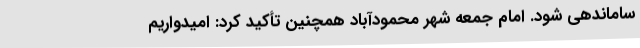
ساماندهی شود. امام جمعه شهر محمودآباد همچنین تأکید کرد: امیدواریم